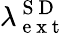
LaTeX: \lambda_{\mathrm{~e~x~t~}}^{\mathrm{~S~D~}}